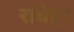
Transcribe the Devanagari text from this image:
राधेहर